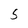
Character: S